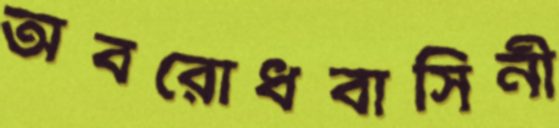
অবরোধবাসিনী